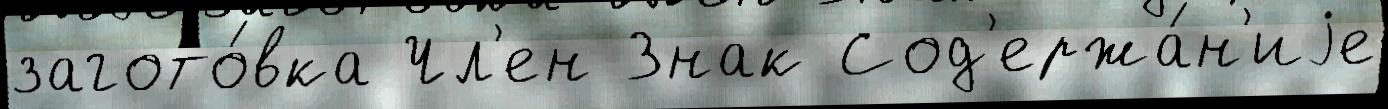
загото́вка Чл'ен Знак Сод'ержа́н'иjе